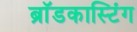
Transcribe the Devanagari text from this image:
ब्राॅडकास्टिंग